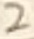
Text: 2